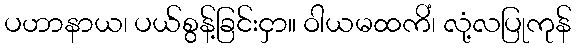
ပဟာနာယ၊ ပယ်စွန့်ခြင်းငှာ။ ဝါယမထကိံ၊ လုံ့လပြုကုန်